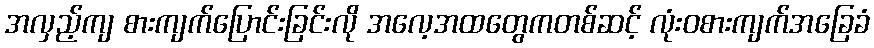
အလှည့်ကျ စားကျက်ပြောင်းခြင်းလို အလေ့အထတွေကတစ်ဆင့် လုံးဝစားကျက်အခြေခံ